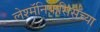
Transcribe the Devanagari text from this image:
लेश्मॅनियासिसच्या